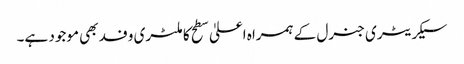
سیکریٹری جنرل کے ہمراہ اعلیٰ سطح کا ملٹری وفد بھی موجود ہے۔